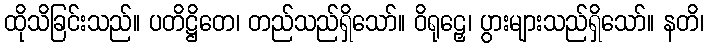
ထိုသိခြင်းသည်။ ပတိဋ္ဌိတေ၊ တည်သည်ရှိသော်။ ဝိရုဠှေ၊ ပွားများသည်ရှိသော်။ နတိ၊